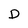
Character: D